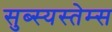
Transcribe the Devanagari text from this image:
सुब्स्यस्तेम्स